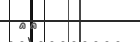
٥٣